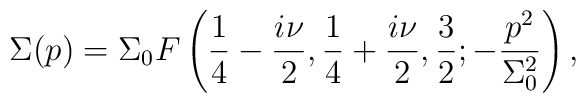
\Sigma(p)=\Sigma_0F\left({1\over 4}-{i\nu\over2},{1\over4}+{i\nu\over2},{3\over2};-\frac{p^2}{\Sigma^2_0}\right),